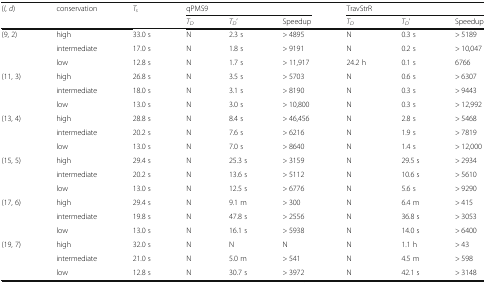
<table><thead><tr><td rowspan="2"><b>(<i>l</i>, <i>d</i>)</b></td><td rowspan="2"><b>conservation</b></td><td rowspan="2"><b><i>T</i><sub><i>s</i></sub></b></td><td colspan="3"><b>qPMS9</b></td><td colspan="3"><b>TravStrR</b></td></tr><tr><td><b><i>T</i><sub><i>D</i></sub></b></td><td><b><i>T</i><sub><i>D</i></sub>’</b></td><td><b>Speedup</b></td><td><b><i>T</i><sub><i>D</i></sub></b></td><td><b><i>T</i><sub><i>D</i></sub>’</b></td><td><b>Speedup</b></td></tr></thead><tbody><tr><td rowspan="3">(9, 2)</td><td>high</td><td>33.0 s</td><td>N</td><td>2.3 s</td><td>&gt; 4895</td><td>N</td><td>0.3 s</td><td>&gt; 5189</td></tr><tr><td>intermediate</td><td>17.0 s</td><td>N</td><td>1.8 s</td><td>&gt; 9191</td><td>N</td><td>0.2 s</td><td>&gt; 10,047</td></tr><tr><td>low</td><td>12.8 s</td><td>N</td><td>1.7 s</td><td>&gt; 11,917</td><td>24.2 h</td><td>0.1 s</td><td>6766</td></tr><tr><td rowspan="3">(11, 3)</td><td>high</td><td>26.8 s</td><td>N</td><td>3.5 s</td><td>&gt; 5703</td><td>N</td><td>0.6 s</td><td>&gt; 6307</td></tr><tr><td>intermediate</td><td>18.0 s</td><td>N</td><td>3.1 s</td><td>&gt; 8190</td><td>N</td><td>0.3 s</td><td>&gt; 9443</td></tr><tr><td>low</td><td>13.0 s</td><td>N</td><td>3.0 s</td><td>&gt; 10,800</td><td>N</td><td>0.3 s</td><td>&gt; 12,992</td></tr><tr><td rowspan="3">(13, 4)</td><td>high</td><td>28.8 s</td><td>N</td><td>8.4 s</td><td>&gt; 46,456</td><td>N</td><td>2.8 s</td><td>&gt; 5468</td></tr><tr><td>intermediate</td><td>20.2 s</td><td>N</td><td>7.6 s</td><td>&gt; 6216</td><td>N</td><td>1.9 s</td><td>&gt; 7819</td></tr><tr><td>low</td><td>13.0 s</td><td>N</td><td>7.0 s</td><td>&gt; 8640</td><td>N</td><td>1.4 s</td><td>&gt; 12,000</td></tr><tr><td rowspan="3">(15, 5)</td><td>high</td><td>29.4 s</td><td>N</td><td>25.3 s</td><td>&gt; 3159</td><td>N</td><td>29.5 s</td><td>&gt; 2934</td></tr><tr><td>intermediate</td><td>20.2 s</td><td>N</td><td>13.6 s</td><td>&gt; 5112</td><td>N</td><td>10.6 s</td><td>&gt; 5610</td></tr><tr><td>low</td><td>13.0 s</td><td>N</td><td>12.5 s</td><td>&gt; 6776</td><td>N</td><td>5.6 s</td><td>&gt; 9290</td></tr><tr><td rowspan="3">(17, 6)</td><td>high</td><td>29.4 s</td><td>N</td><td>9.1 m</td><td>&gt; 300</td><td>N</td><td>6.4 m</td><td>&gt; 415</td></tr><tr><td>intermediate</td><td>19.8 s</td><td>N</td><td>47.8 s</td><td>&gt; 2556</td><td>N</td><td>36.8 s</td><td>&gt; 3053</td></tr><tr><td>low</td><td>13.0 s</td><td>N</td><td>16.1 s</td><td>&gt; 5938</td><td>N</td><td>14.0 s</td><td>&gt; 6400</td></tr><tr><td rowspan="3">(19, 7)</td><td>high</td><td>32.0 s</td><td>N</td><td>N</td><td>N</td><td>N</td><td>1.1 h</td><td>&gt; 43</td></tr><tr><td>intermediate</td><td>21.0 s</td><td>N</td><td>5.0 m</td><td>&gt; 541</td><td>N</td><td>4.5 m</td><td>&gt; 598</td></tr><tr><td>low</td><td>12.8 s</td><td>N</td><td>30.7 s</td><td>&gt; 3972</td><td>N</td><td>42.1 s</td><td>&gt; 3148</td></tr></tbody></table>